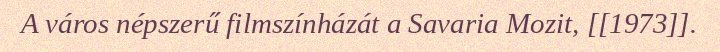
A város népszerű filmszínházát a Savaria Mozit, [[1973]].